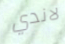
لاندي